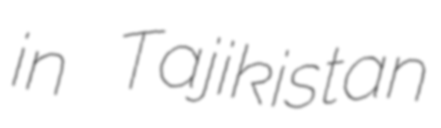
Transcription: in Tajikistan